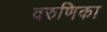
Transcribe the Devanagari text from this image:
वरुणिका